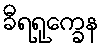
ခီရရုက္ခေန